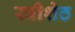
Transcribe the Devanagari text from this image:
रवीशेठ